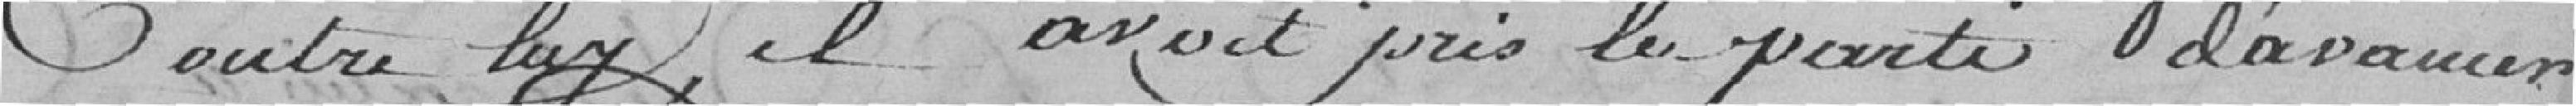
contre lui, il avait pris le parti d'avancer